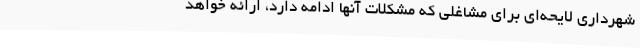
شهرداری لایحه‌ای برای مشاغلی که مشکلات آنها ادامه دارد، ارائه خواهد